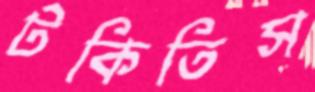
টকিতিস